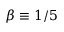
\beta \equiv 1 / 5